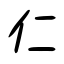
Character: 仁